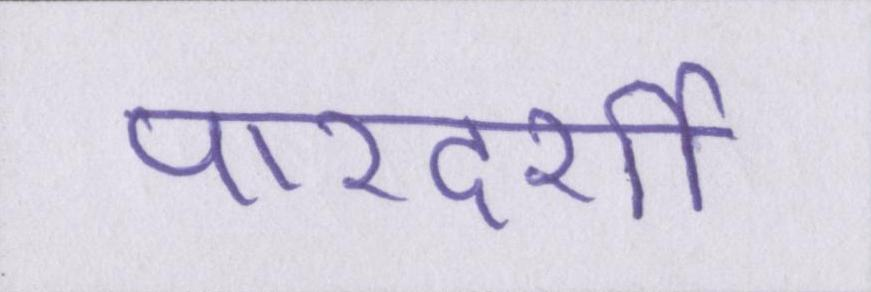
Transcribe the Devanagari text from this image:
पारदर्शी